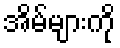
အိမ်များကို